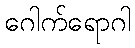
ဂေါက်ရောဂါ